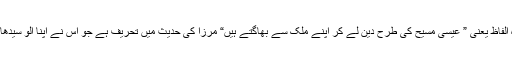
اس روایت میں خط کشیدہ الفاظ یعنی ” عیسیٰ مسیح کی طرح دین لے کر اپنے ملک سے بھاگتے ہیں“ مرزا کی حدیث میں تحریف ہے جو اس نے اپنا الو سیدھا کرنے کے لیے کی ہے۔